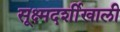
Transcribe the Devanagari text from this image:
सूक्ष्मदर्शीखाली